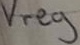
Text: Vreg